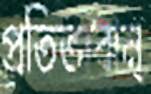
প্রতিভাবান্‌